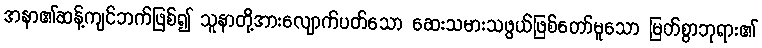
အနာ၏ဆန့်ကျင်ဘက်ဖြစ်၍ သူနာတို့အားလျောက်ပတ်သော ဆေးသမားသဖွယ်ဖြစ်တော်မူသော မြတ်စွာဘုရား၏